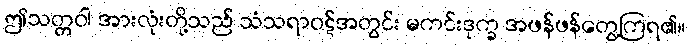
ဤသတ္တဝါ အားလုံးတို့သည် သံသရာဝဋ်အတွင်း မကင်းဒုက္ခ အဖန်ဖန်တွေ့ကြရ၏။